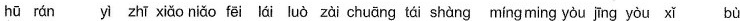
hū rán yī zhī xiǎo niǎo fēi lái luò zài chuāng tái shàng míng ming yòu jīng yòu xǐ bù